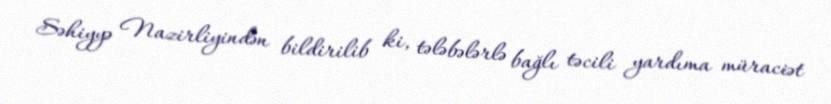
Səhiyyə Nazirliyindən bildirilib ki, tələbələrlə bağlı təcili yardıma müraciət